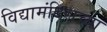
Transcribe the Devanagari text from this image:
विद्यामंदिराच्या